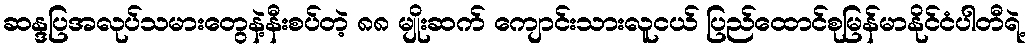
ဆန္ဒပြအလုပ်သမားတွေနဲ့နီးစပ်တဲ့ ၈၈ မျိုးဆက် ကျောင်းသားလူငယ် ပြည်ထောင်စုမြန်မာနိုင်ငံပါတီရဲ့